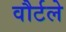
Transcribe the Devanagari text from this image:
वौर्टले